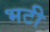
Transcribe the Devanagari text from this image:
भटी